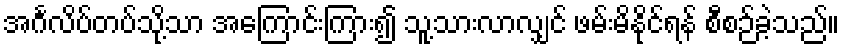
အင်္ဂလိပ်တပ်သို့သာ အကြောင်းကြား၍ သူ့သားလာလျှင် ဖမ်းမိနိုင်ရန် စီစဉ်ခဲ့သည်။